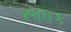
સાધક